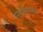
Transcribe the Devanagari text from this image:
ग्लोमेरूलस